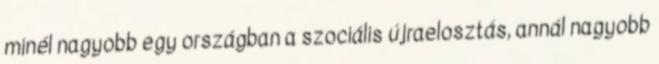
minél nagyobb egy országban a szociális újraelosztás, annál nagyobb